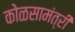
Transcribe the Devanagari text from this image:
कोळसामंत्री